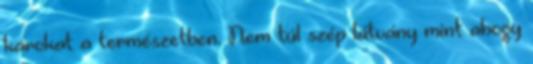
károkat a természetben. Nem túl szép látvány mint ahogy